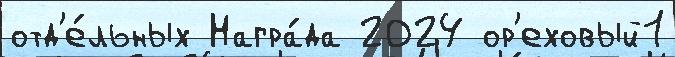
отд'е́льных Награ́да 2024 ор'еховый1